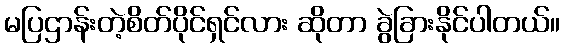
မပြဌာန်းတဲ့စိတ်ပိုင်ရှင်လား ဆိုတာ ခွဲခြားနိုင်ပါတယ်။